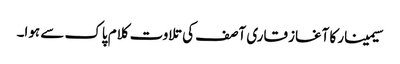
سیمینار کا آغاز قاری آصف کی تلاوت کلام پاک سے ہوا۔